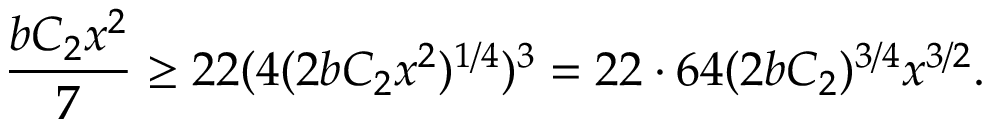
\frac { b C _ { 2 } x ^ { 2 } } { 7 } \geq 2 2 ( 4 ( 2 b C _ { 2 } x ^ { 2 } ) ^ { 1 / 4 } ) ^ { 3 } = 2 2 \cdot 6 4 ( 2 b C _ { 2 } ) ^ { 3 / 4 } x ^ { 3 / 2 } .